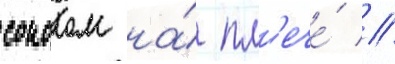
соколом на́ пл'ече́ //